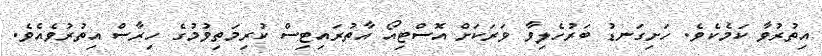
އިތުރުވާ ކަމެކެވެ. ހަށިގަނޑު ބަރުހެލިވާ ވަރަކަށް އޮސްޓިއޯ އާތުރައިޓިސް ކުރިމަތިވުމުގެ ހިރާސް އިތުރުވެއެވެ.